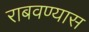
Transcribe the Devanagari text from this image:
राबवण्यास